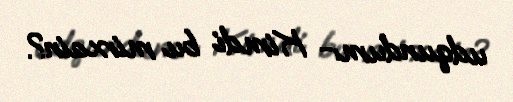
udqundum:- Kimdi bu mirxain?.